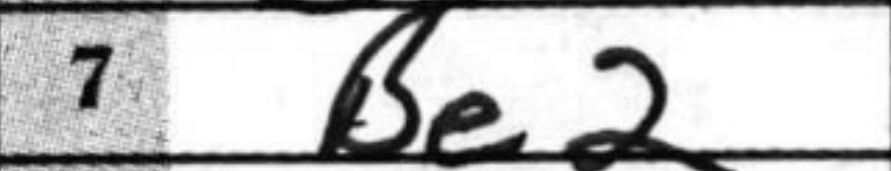
Transcription: Be2